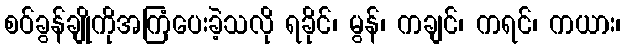
စဝ်ခွန်ချိုကိုအကြံပေးခဲ့သလို ရခိုင်၊ မွန်၊ ကချင်၊ ကရင်၊ ကယား၊